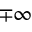
\mp \infty